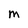
Character: M